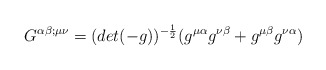
\begin{align*}G^{\alpha\beta;\mu\nu}=(det(-g) )^{- \frac{1}{2}}(g^{\mu\alpha}g^{\nu\beta} +g^{\mu\beta}g^{\nu\alpha} )\end{align*}